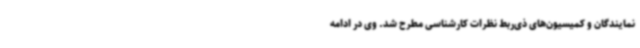
نمایندگان و کمیسیون‌های ذی‌ربط نظرات کارشناسی مطرح شد. وی در ادامه